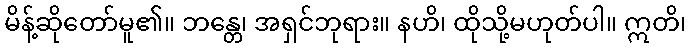
မိန့်ဆိုတော်မူ၏။ ဘန္တေ၊ အရှင်ဘုရား။ နဟိ၊ ထိုသို့မဟုတ်ပါ။ ဣတိ၊